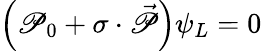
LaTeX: \left(\mathscr{P}_{0}+\sigma\cdot{\vec{{\mathscr{P}}}}\right)\psi_{L}=0